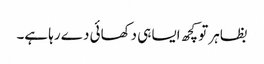
بظاہر تو کچھ ایسا ہی دکھائی دے رہا ہے۔